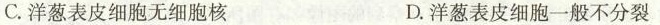
C.洋葱表皮细胞无细胞核 D.洋葱表皮细胞一般不分裂